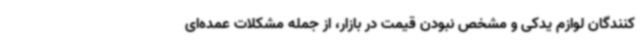
‌کنندگان لوازم یدکی و مشخص نبودن قیمت در بازار، از جمله مشکلات عمده‌ای